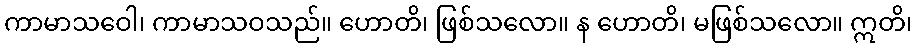
ကာမာသဝေါ၊ ကာမာသဝသည်။ ဟောတိ၊ ဖြစ်သလော။ န ဟောတိ၊ မဖြစ်သလော။ ဣတိ၊